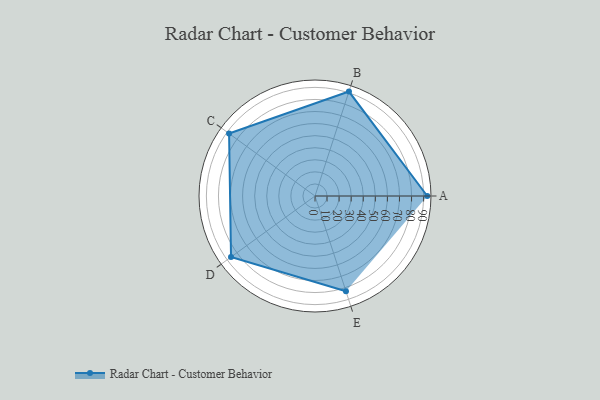
{"axis": {"x": "Skill", "y": "Score"}, "legend": ["Profile"], "data": [{"x": "A", "y": 93.0, "type": "Profile"}, {"x": "B", "y": 91.0, "type": "Profile"}, {"x": "C", "y": 88.0, "type": "Profile"}, {"x": "D", "y": 86.0, "type": "Profile"}, {"x": "E", "y": 83.0, "type": "Profile"}]}